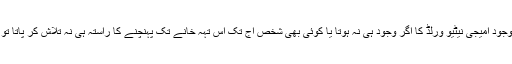
میں سوچتا ہوں کہ تہہ خانے میں موجود امیجی نیٹیو ورلڈ کا اگر وجود ہی نہ ہوتا یا کوئی بھی شخص آج تک اس تہہ خانے تک پہنچنے کا راستہ ہی نہ تلاش کر پاتا تو دنیا کی شکل آج کتنی مختلف ہوتی۔